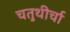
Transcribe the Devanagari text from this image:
चतुथीर्चा